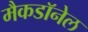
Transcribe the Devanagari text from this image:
मैकडाॅनेल